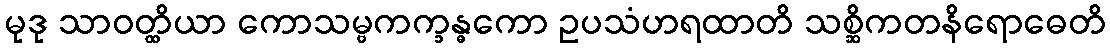
မုဒု သာဝတ္ထိယာ ကောသမ္ဗကက္ခန္ဓကော ဥပသံဟရထာတိ သစ္ဆိကတနိရောဓေတိ